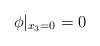
LaTeX: \begin{align*} \phi\vert_{x_3=0} = 0\end{align*}